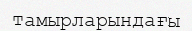
тамырларындағы